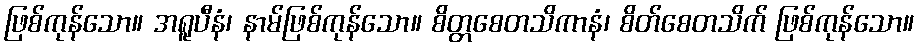
ဖြစ်ကုန်သော။ အရူပီနံ၊ နာမ်ဖြစ်ကုန်သော။ စိတ္တစေတသိကာနံ၊ စိတ်စေတသိက် ဖြစ်ကုန်သော။